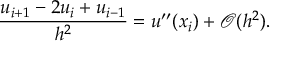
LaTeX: { \frac { u _ { i + 1 } - 2 u _ { i } + u _ { i - 1 } } { h ^ { 2 } } } = u ^ { \prime \prime } ( x _ { i } ) + { \mathcal { O } } ( h ^ { 2 } ) .